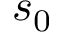
s _ { 0 }